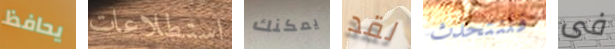
يحافظ استطلاعات يمكنك لقد فلنتحدث فى